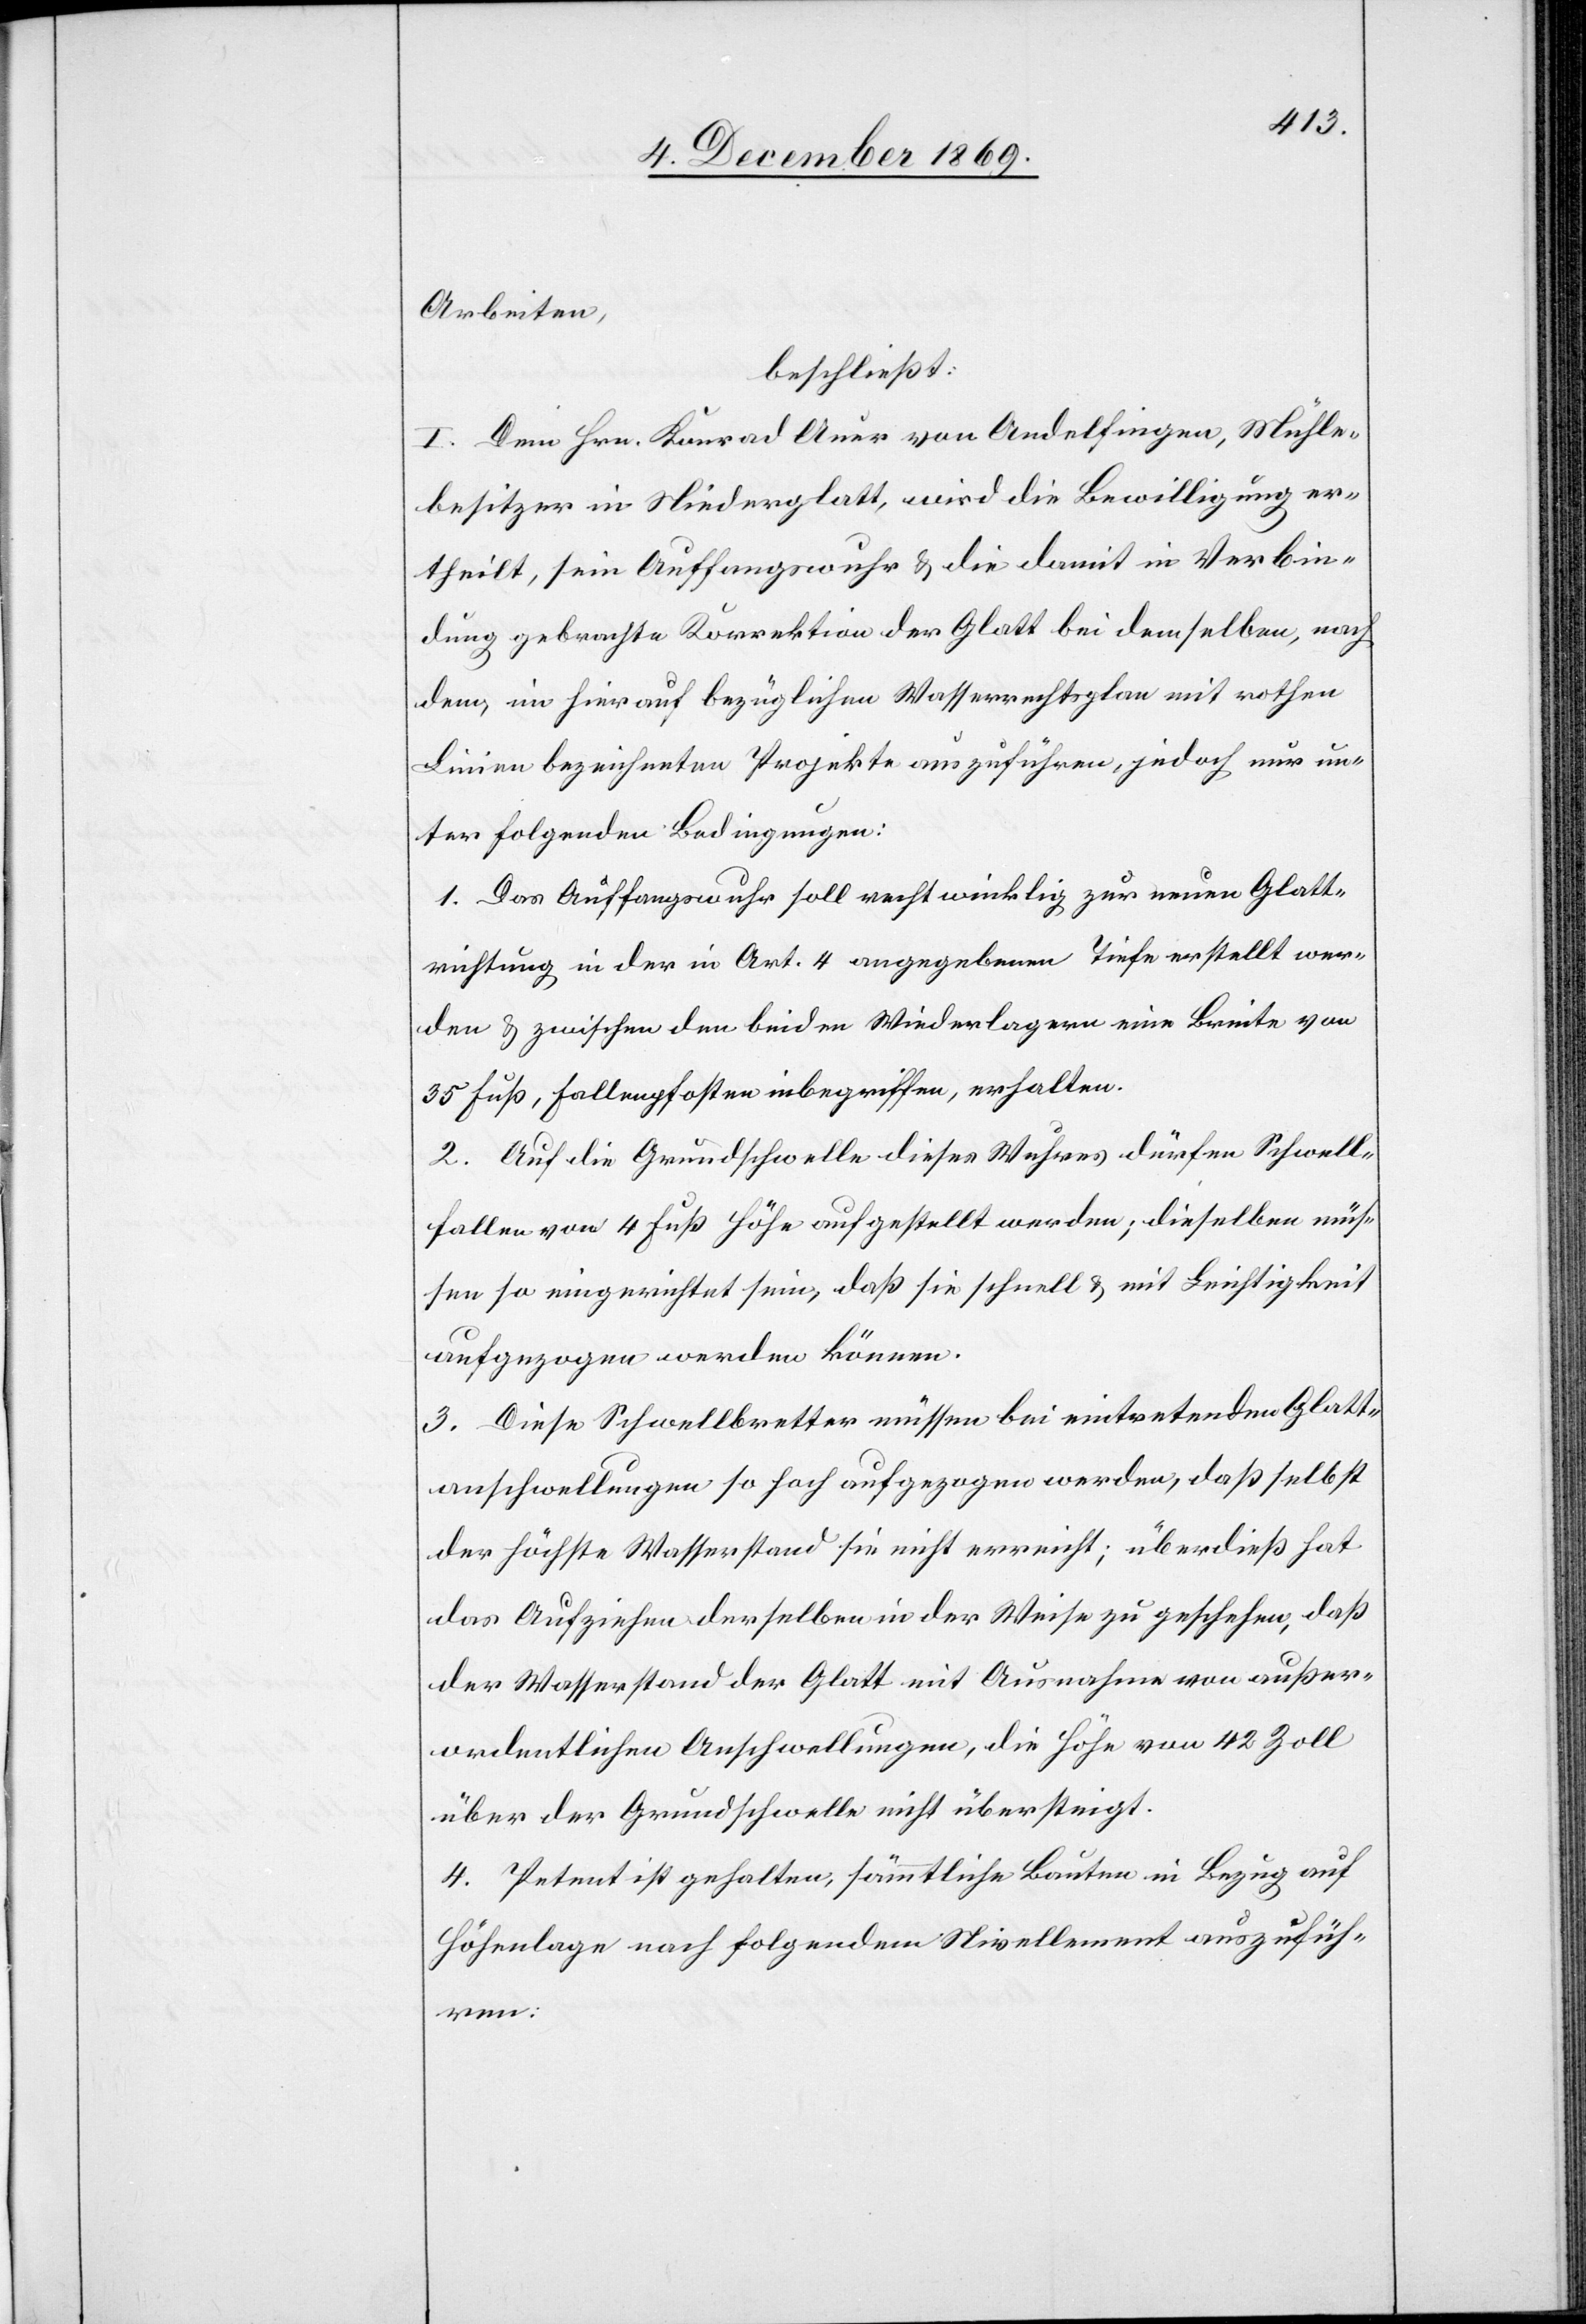
Arbeiten,
beschließt:
I. Dem Hrn. Konrad Auer von Andelfingen, Mühle¬
besitzer in Niederglatt, wird die Bewilligung er¬
theilt, sein Auffangswuhr & die damit in Verbin¬
dung gebrachte Korrektion der Glatt bei demselben, nach
dem, im hierauf bezüglichen Wasserrechtsplan mit rothen
Linien bezeichneten Projekte auszuführen, jedoch nur un¬
ter folgenden Bedingungen:
1. Das Auffangswuhr soll rechtwinklig zur neuen Glatt¬
richtung in der in Art. 4 angegebenen Tiefe erstellt wer¬
den & zwischen den beiden Widerlagern eine Breite von
35 Fuß, Fallenpfosten inbegriffen, erhalten.
2. Auf die Grundschwelle dieses Wuhres dürfen Schwell¬
fallen von 4 Fuß Höhe aufgestellt werden; dieselben müs¬
sen so eingerichtet sein, daß sie schnell & mit Leichtigkeit
aufgezogen werden können.
3. Diese Schwellbretter müssen bei eintretenden Glatt¬
anschwellungen so hoch aufgezogen werden, daß selbst
der höchste Wasserstand sie nicht erreicht; überdieß hat
das Aufziehen derselben in der Weise zu geschehen, daß
der Wasserstand der Glatt mit Ausnahme von außer¬
ordentlichen Anschwellungen, die Höhe von 42 Zoll
über der Grundschwelle nicht übersteigt.
4. Petent ist gehalten, sämmtliche Bauten in Bezug auf
Höhenlage nach folgendem Nivellement auszufüh¬
ren.